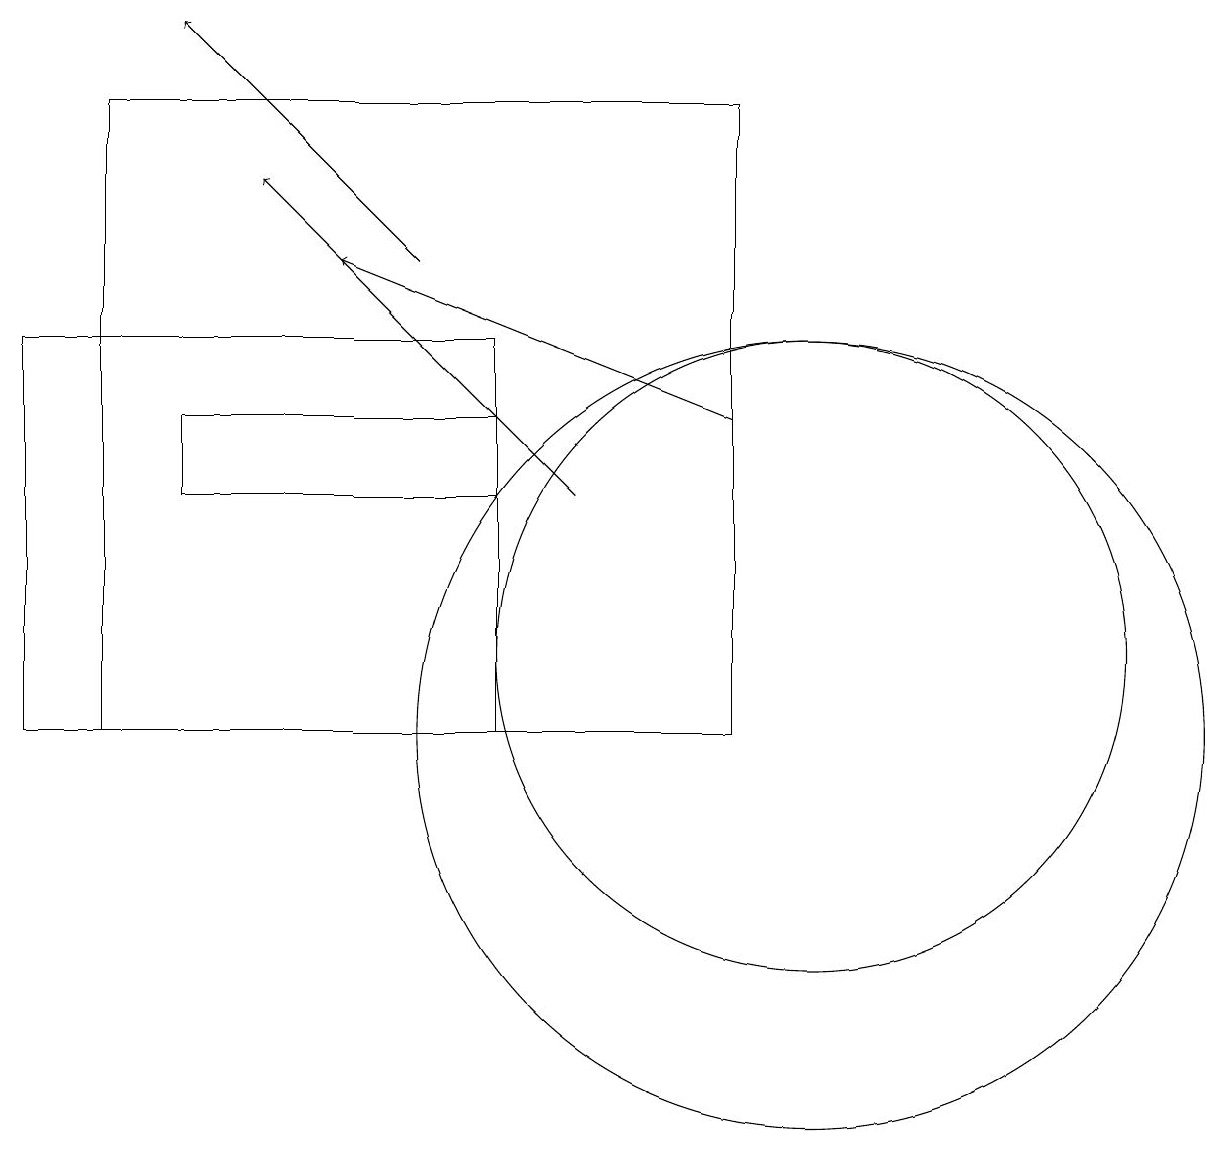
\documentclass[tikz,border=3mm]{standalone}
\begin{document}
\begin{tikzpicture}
\draw[->] (9,14) -- (4,16);
\draw (10,11) circle (4);
\draw (9,10) rectangle (1,18);
\draw[->] (5,16) -- (2,19);
\draw[->] (7,13) -- (3,17);
\draw (6,10) rectangle (0,15);
\draw (2,14) rectangle (6,13);
\draw (10,10) circle (5);
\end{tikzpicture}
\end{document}